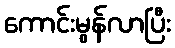
ကောင်းမွန်လာပြီး